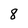
Character: 8